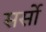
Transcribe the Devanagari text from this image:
सर्सो